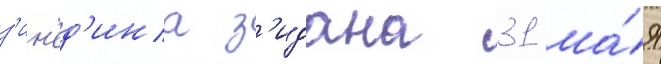
з'ин'ед'ина з'идана 31 ма́я